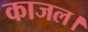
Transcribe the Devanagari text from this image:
काजल।